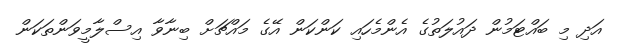
އަދި މި ބައްޓަމުން ދައުލަތުގެ އެންމެހައި ކަންކަން އޭގެ މައްޗަށް ބިނާވާ އިސްލާމީވަންތަކަން